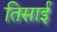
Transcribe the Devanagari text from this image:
तिसाई